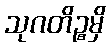
သုဂတိဉ္စမှိ